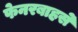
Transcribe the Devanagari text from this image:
फेनरबाहसे